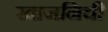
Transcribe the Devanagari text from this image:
खाजनिची